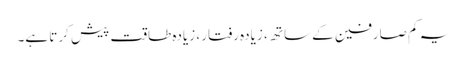
یہ کم صارفین کے ساتھ ، زیادہ رفتار ، زیادہ طاقت پیش کرتا ہے۔